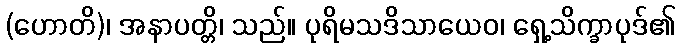
(ဟောတိ)၊ အနာပတ္တိ၊ သည်။ ပုရိမသဒိသာယေဝ၊ ရှေ့သိက္ခာပုဒ်၏